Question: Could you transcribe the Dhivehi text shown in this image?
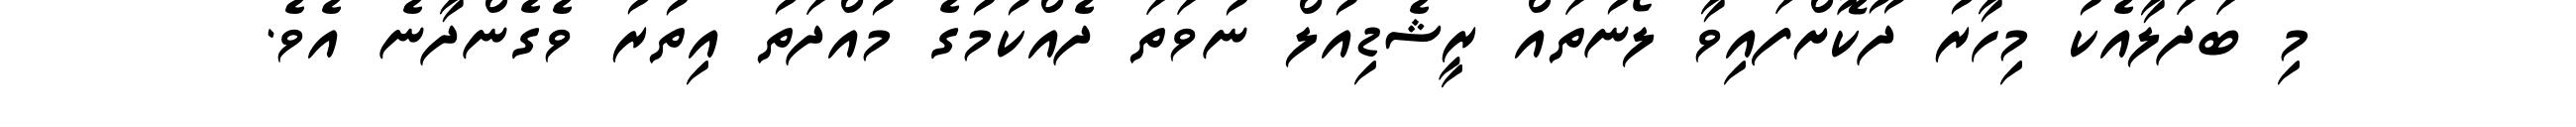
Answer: މި ބަދަލާއެކު މިހާރު ދޫކޮށްފައިވާ ލޯނުތައް ރީޝެޑިއުލް ނުވަތަ ދެއްކުމުގެ މުއްދަތު އިތުރު ވެގެންދާނެ އެވެ.